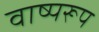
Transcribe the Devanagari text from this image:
वाष्परूप